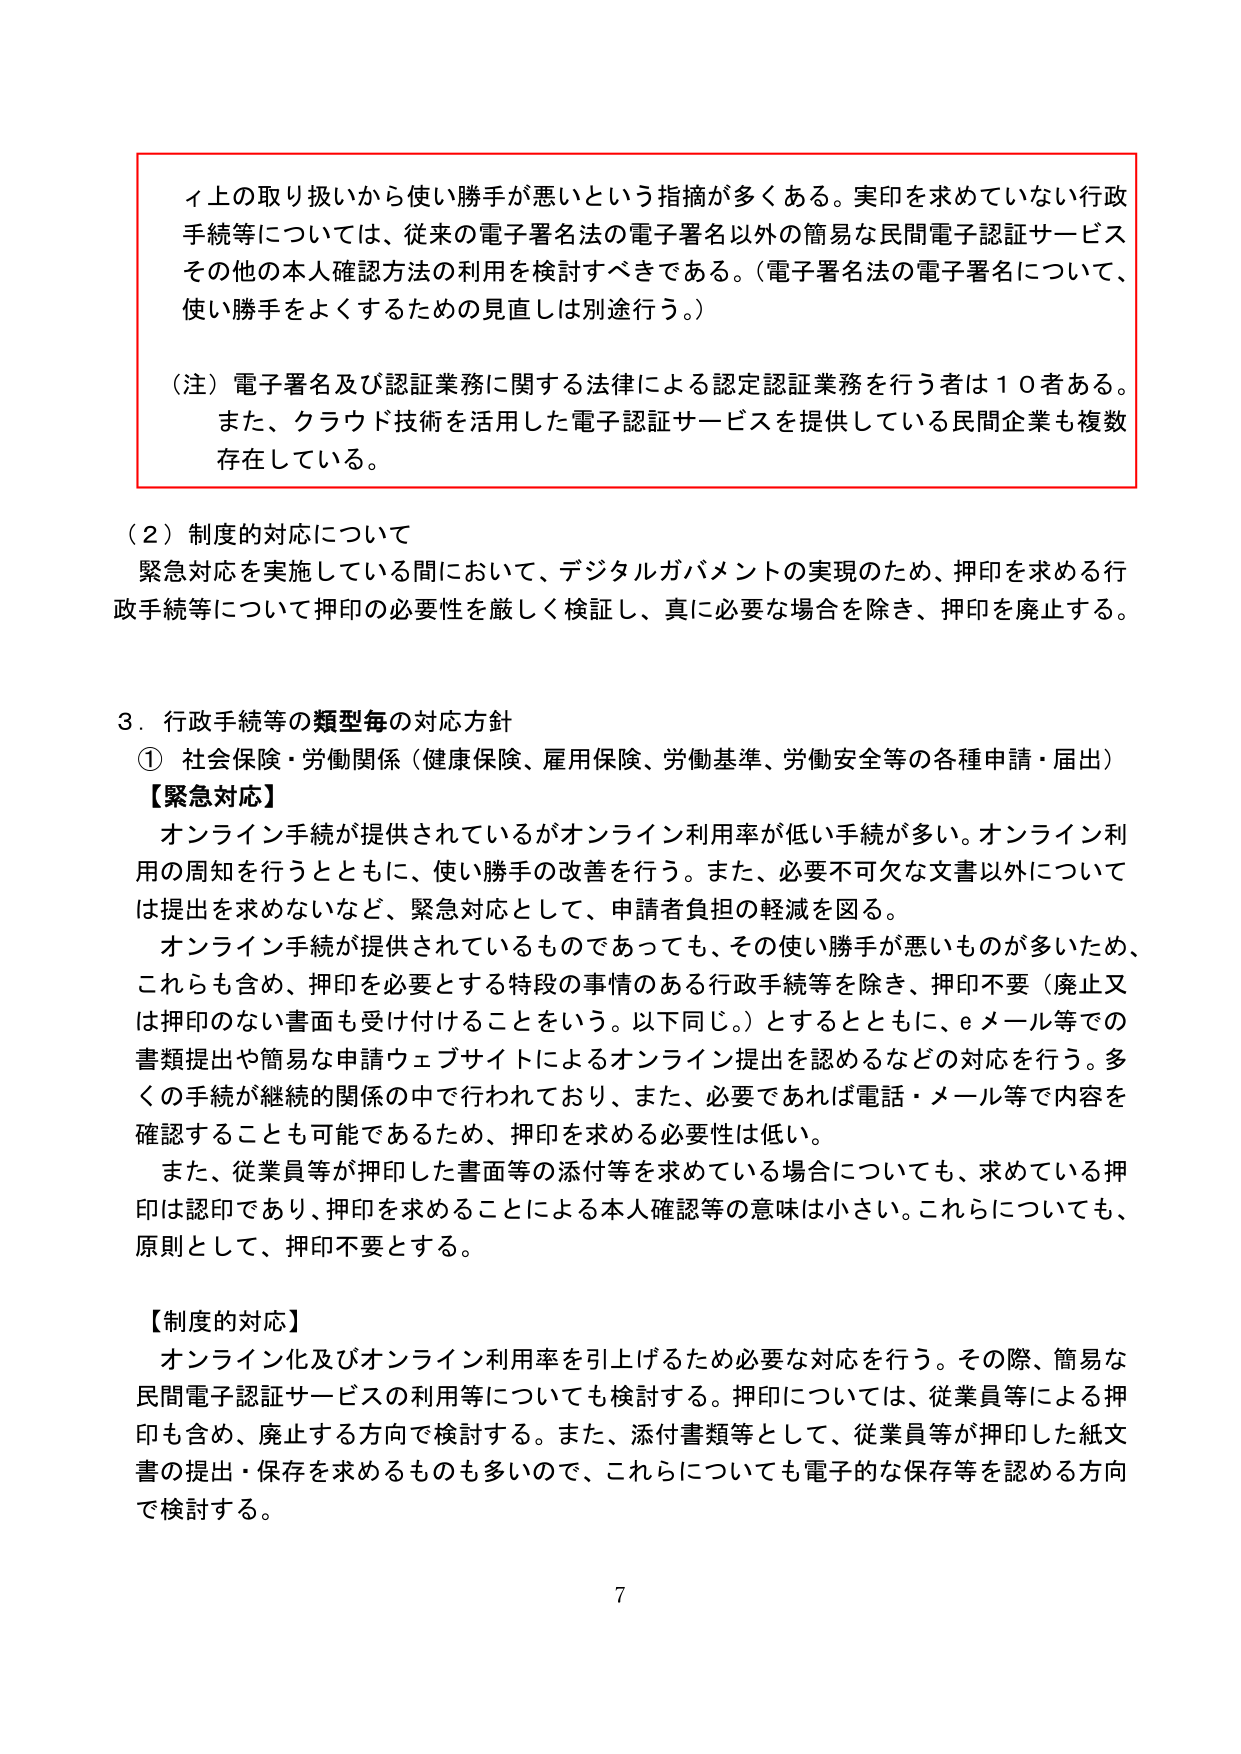
イ上の取り扱いから使い勝手が悪いという指摘が多くある。実印を求めていない行政手続等については、従来の電子署名法の電子署名以外の簡易な民間電子認証サービスその他の本人確認方法の利用を検討すべきである。（電子署名法の電子署名について、使い勝手をよくするための見直しは別途行う。）

（注）電子署名及び認証業務に関する法律による認定認証業務を行う者は１０者ある。また、クラウド技術を活用した電子認証サービスを提供している民間企業も複数存在している。

（２）制度的対応について
緊急対応を実施している間において、デジタルガバメントの実現のため、押印を求める行政手続等について押印の必要性を厳しく検証し、真に必要な場合を除き、押印を廃止する。

３．行政手続等の類型毎の対応方針
① 社会保険・労働関係（健康保険、雇用保険、労働基準、労働安全等の各種申請・届出）
【緊急対応】
オンライン手続が提供されているがオンライン利用率が低い手続が多い。オンライン利用の周知を行うとともに、使い勝手の改善を行う。また、必要不可欠な文書以外については提出を求めないなど、緊急対応として、申請者負担の軽減を図る。
オンライン手続が提供されているものであっても、その使い勝手が悪いものが多いため、これらも含め、押印を必要とする特段の事情のある行政手続等を除き、押印不要（廃止又は押印のない書面も受け付けることをいう。以下同じ。）とするとともに、eメール等での書類提出や簡易な申請ウェブサイトによるオンライン提出を認めるなどの対応を行う。多くの手続が継続的関係の中で行われており、また、必要であれば電話・メール等で内容を確認することも可能であるため、押印を求める必要性は低い。
また、従業員等が押印した書面等の添付等を求めている場合についても、求めている押印は認印であり、押印を求めることによる本人確認等の意味は小さい。これらについても、原則として、押印不要とする。

【制度的対応】
オンライン化及びオンライン利用率を引上げるため必要な対応を行う。その際、簡易な民間電子認証サービスの利用等についても検討する。押印については、従業員等による押印も含め、廃止する方向で検討する。また、添付書類等として、従業員等が押印した紙文書の提出・保存を求めるものも多いので、これらについても電子的な保存等を認める方向で検討する。

7